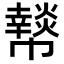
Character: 𢅲